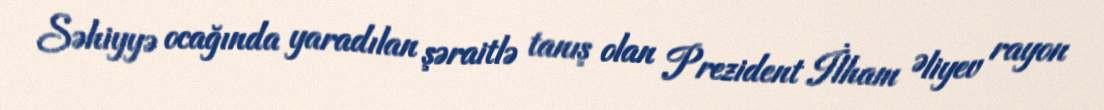
Səhiyyə ocağında yaradılan şəraitlə tanış olan Prezident İlham Əliyev rayon